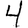
Digit: 4